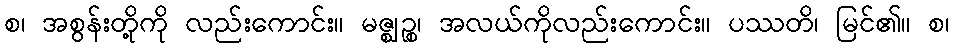
စ၊ အစွန်းတို့ကို လည်းကောင်း။ မဇ္ဈဉ္စ၊ အလယ်ကိုလည်းကောင်း။ ပဿတိ၊ မြင်၏။ စ၊